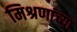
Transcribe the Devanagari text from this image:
मिश्रणांच्या